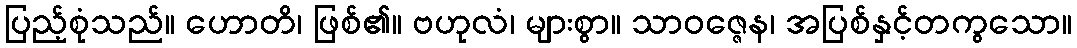
ပြည့်စုံသည်။ ဟောတိ၊ ဖြစ်၏။ ဗဟုလံ၊ များစွာ။ သာဝဇ္ဇေန၊ အပြစ်နှင့်တကွသော။